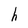
Character: h